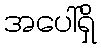
အပေါ်ရှိ